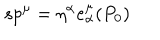
LaTeX: s p ^ { \mu } = \eta ^ { \alpha } e _ { \alpha } ^ { \mu } ( P _ { 0 } )